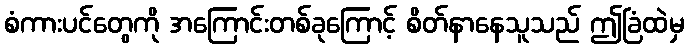
စံကားပင်တွေကို အကြောင်းတစ်ခုကြောင့် စိတ်နာနေသူသည် ဤခြံထဲမှ